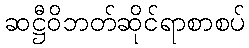
ဆဋ္ဌီဝိဘတ်ဆိုင်ရာစာစပ်